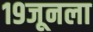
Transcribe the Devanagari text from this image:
१९जूनला